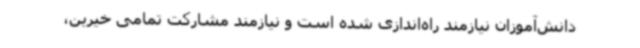
دانش‌آموزان نیازمند راه‌اندازی شده است و نیازمند مشارکت تمامی خیرین،